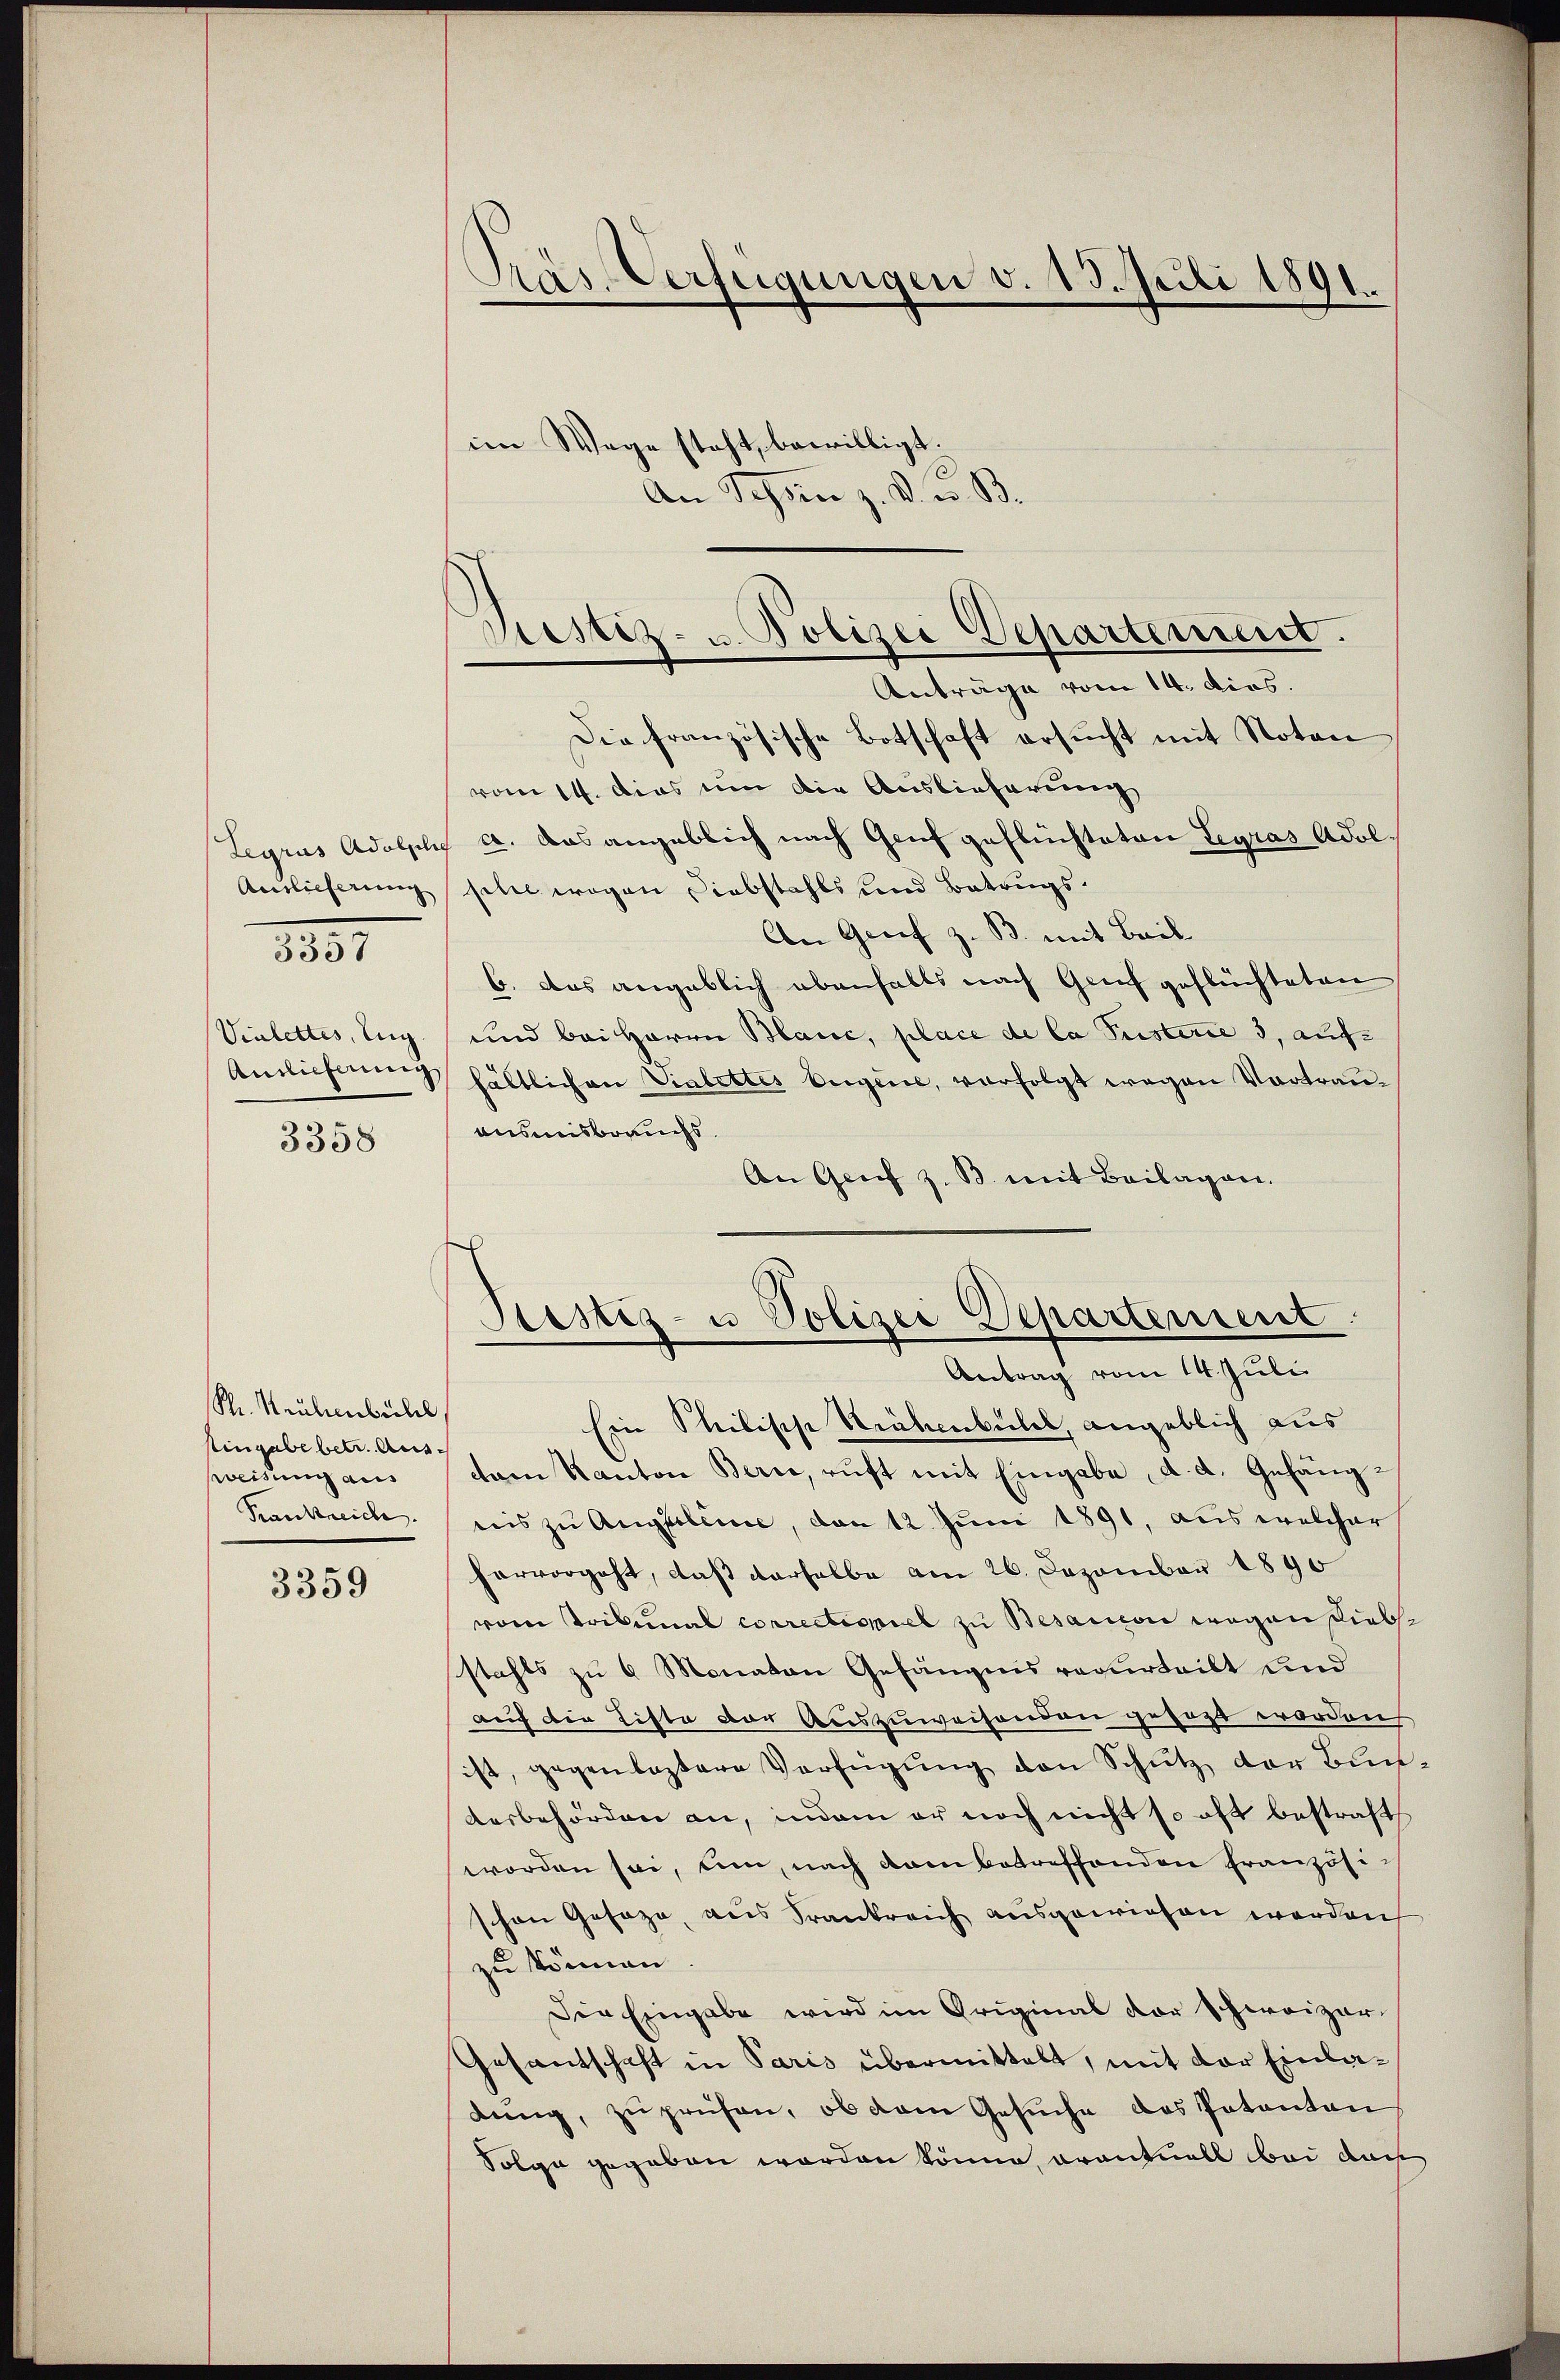
Legrus Adolphi
Auslieferung
Vielettes, Zug.
Antlicherung
3358

3357

Ph. Neubenbühl
stingabe betr. Aussweisung aus
Krankreiche

3359

Pras-Verfügungen v. 15. Juli 1891.

im Wege steht, bewilligt.
An Schön z. B. u. B.

Crestiz- u Polizei Departement.
Anträge vom 14. dies.

Die französische Botschaft ersucht mit Noten
vom 14. Das um die Auslieferung
a. Das angeblich nach Genf geflüchteten Legras Adol.
phie wegen Diebstahls und Betrugs¬
An Greif z. B. mit Beil
6. Das angeblich ebenfalls nach Genf geflüchteten
und bei Herrn Blanc, place de la Fristerie 3, aufhältlichen Vialettes Eigene, vorfolgt wegen Vortrauausmesbrauchs
An Grif z. B. mit Beilagen.
Ein Stilische Siebenbühel, angeblich aus
cam Kanton Berne, ruft mit Eingabe, d. d. Gehängnis zu Angelinie, den 12. Juni 1891, aus welcher
hervorgeht, daß derselbe am 26. Dezember 1890
vom Tribunal correctispiel zu Besarcii wegen Diebsstahls zu 6 Monaten Gefängnis verurteilt und
auch die Liste der Auszuweisenden gesagt worden
ist, gegenlastere Verfügŭng den Schütz der Bun-
Ausbehörden an, indem er noch nicht so oft bestraft
worden sei, um, nach kam betreffenden Französi
schon Gesage, aus Frankreich ausgewiesen werden
zu können.
Die Eingabe wird im Original vor Schweizer-
Gesantschaft in Paris übermittelt, mit der Einladŭng, zŭ prüfen, ob dem Gesŭche das Patenten,
Folge gegeben worden könne, avantuell bei das

Stestiz- u Polizei Departement
Antrag vom 14. Juli